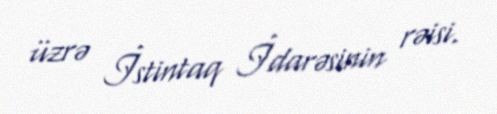
üzrə İstintaq İdarəsinin rəisi.